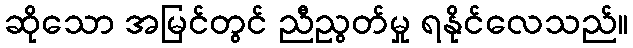
ဆိုသော အမြင်တွင် ညီညွတ်မှု ရနိုင်လေသည်။